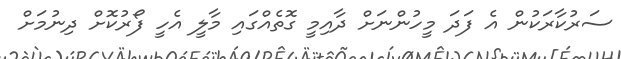
ސަރުކާރަކުން އެ ފަދަ މީހުންނަށް ދާއިމީ ގޮތެއްގައި މާލީ އެހީ ފޯރުކޮށް ދިނުމަށް